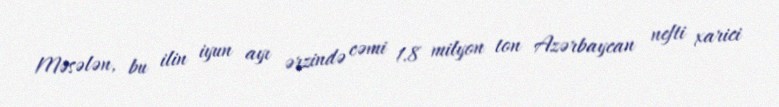
Məsələn, bu ilin iyun ayı ərzində cəmi 1.8 milyon ton Azərbaycan nefti xarici